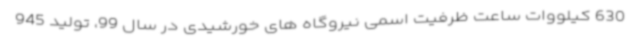
630 کیلووات ساعت ظرفیت اسمی نیروگاه های خورشیدی در سال 99، تولید 945